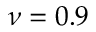
\nu = 0 . 9